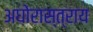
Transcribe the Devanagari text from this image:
अघोरास्त्राय